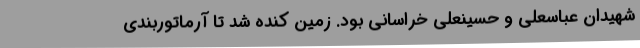
شهیدان عباسعلی و حسینعلی خراسانی بود. زمین کنده شد تا آرماتوربندی